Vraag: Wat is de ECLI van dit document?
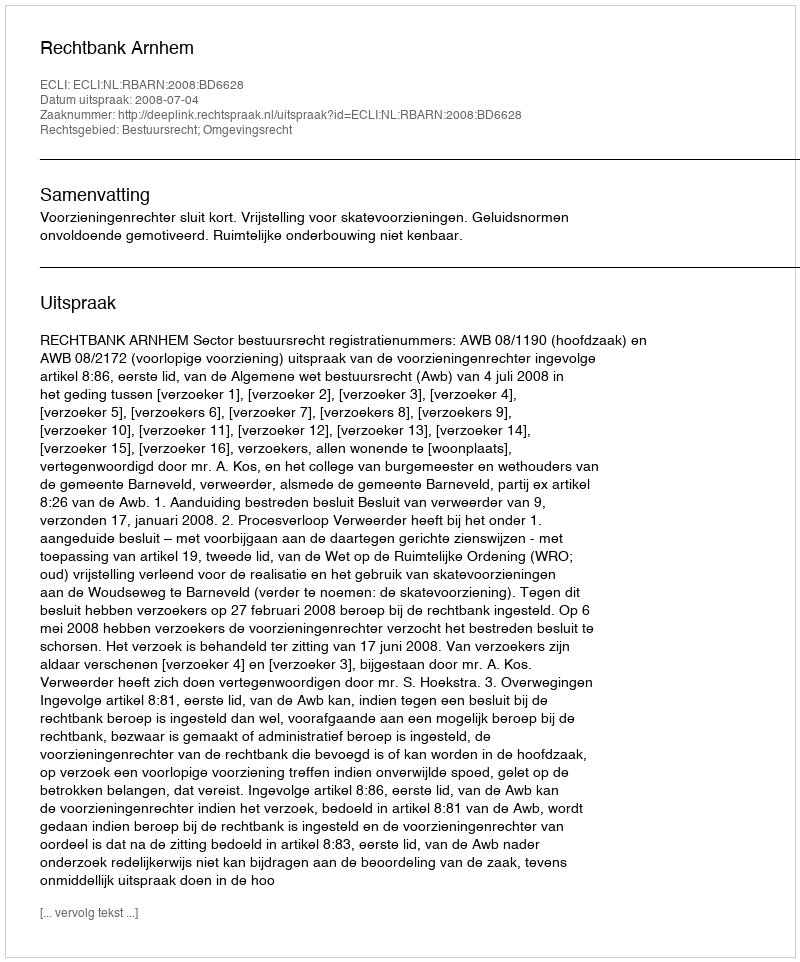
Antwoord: ECLI:NL:RBARN:2008:BD6628